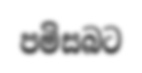
පමිසබට